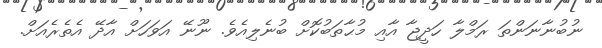
ނުބުނާނަންތަ ރަމްލާ ހަދީޖާ އާއި މުޙާތަބުކޮށް ބުނެލިއެވެ. ނޫނޭ އަވަހަށް އާދޭ އެތެރެއަށް.